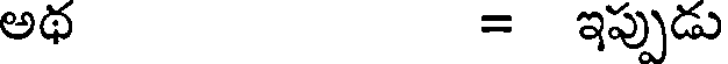
అథ = ఇప్పుడు